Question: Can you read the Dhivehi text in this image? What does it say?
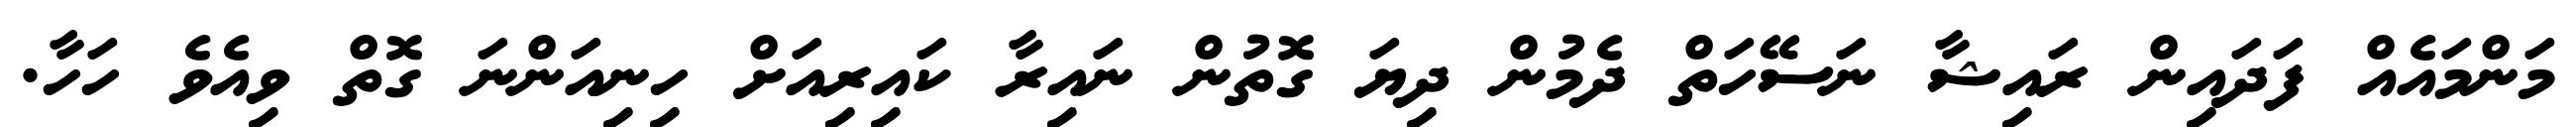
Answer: މަންމައެއް ފަދައިން ރައިޝާ ނަސޭހަތް ދެމުން ދިޔަ ގޮތުން ނައިރާ ކައިރިއަށް ހިނިއަންނަ ގޮތް ވިއެވެ ހަހާ.